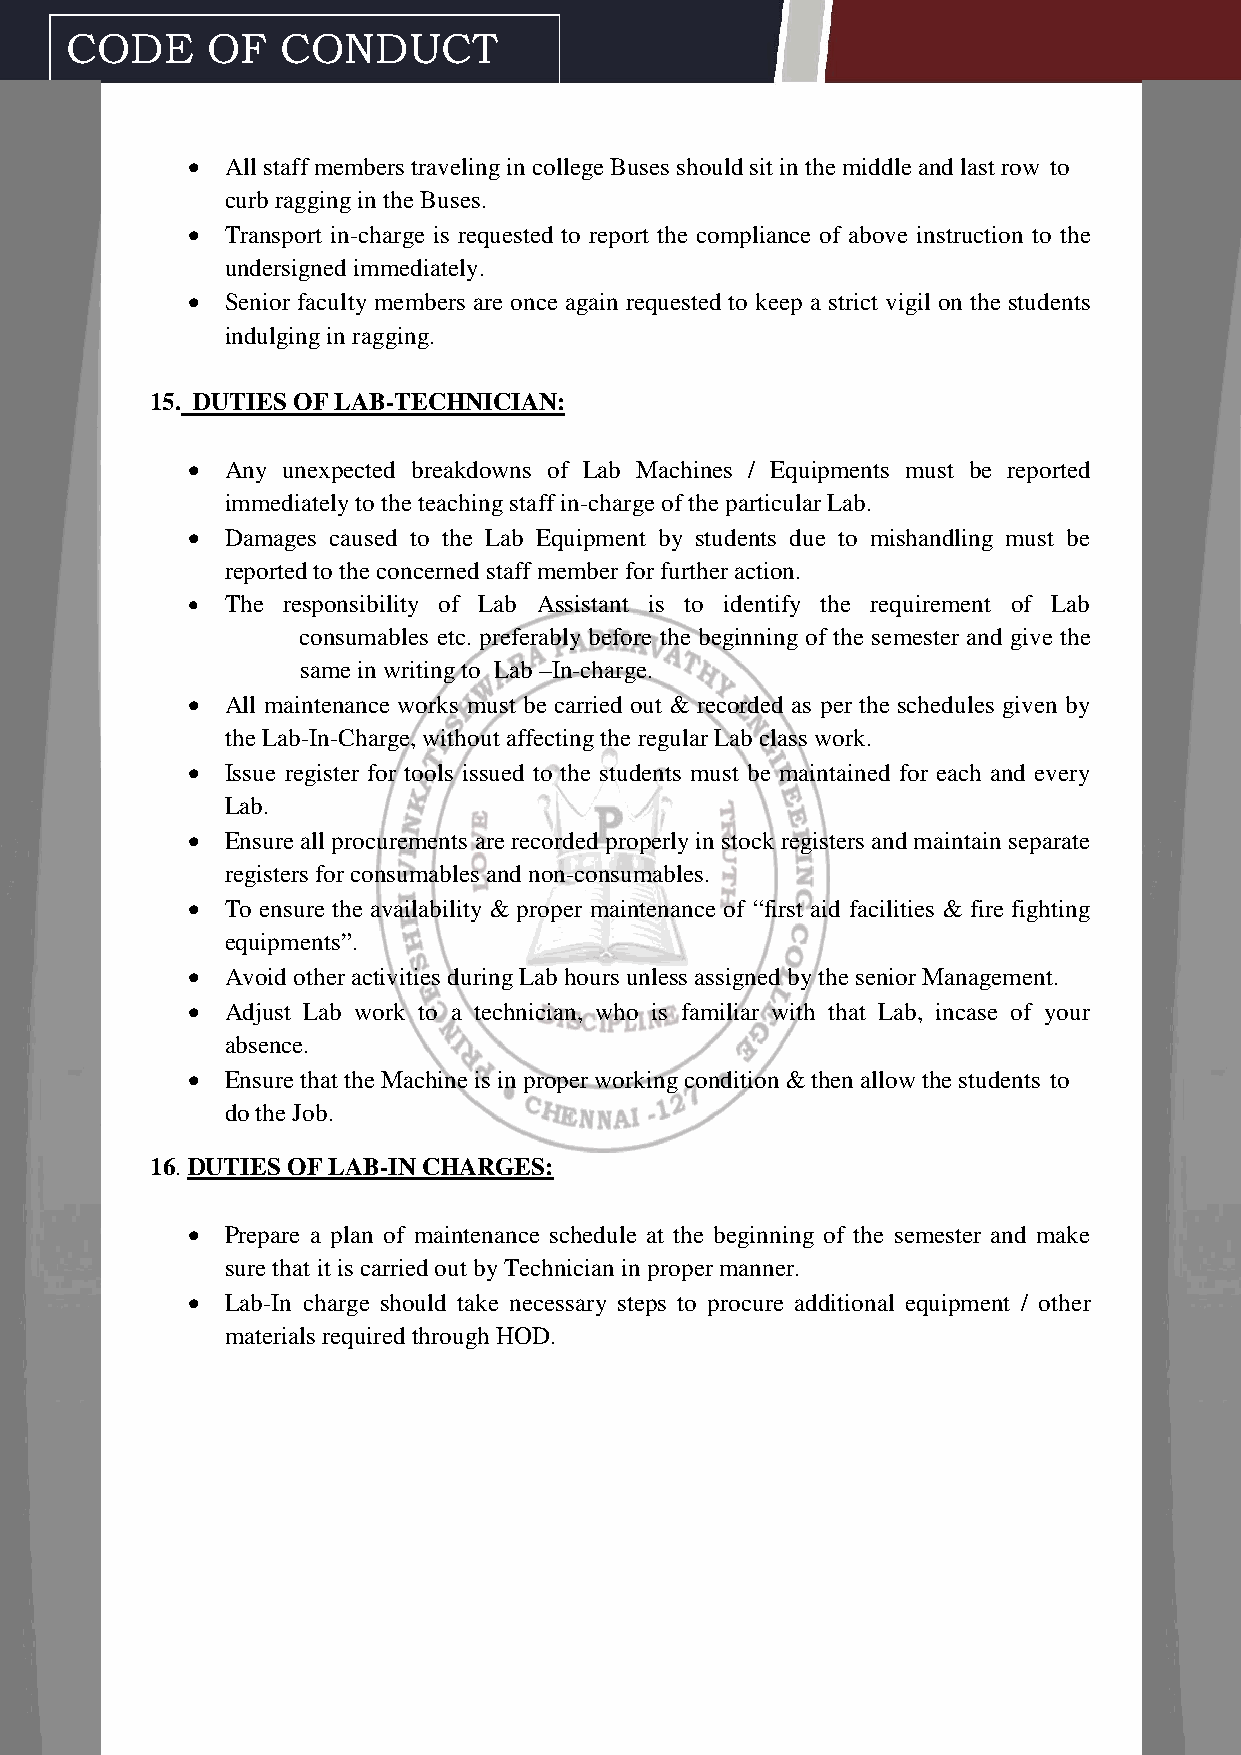
CODE      OF   CONDUCT
   All staff members traveling in college Buses should sit in the middle and last row to
 curb ragging in the Buses.
   Transport in-charge is requested to report the compliance of above instruction to the
 undersigned immediately.
   Senior faculty members are once again requested to keep a strict vigil on the students
 indulging in ragging.
 15. DUTIES OF LAB-TECHNICIAN:
   Any unexpected breakdowns of Lab Machines / Equipments must be reported
 immediately to the teaching staff in-charge of the particular Lab.
   Damages caused to the Lab Equipment by students due to mishandling must be
 reported to the concerned staff member for further action.
   The responsibility of Lab Assistant is to identify the requirement of Lab
 consumables etc. preferably before the beginning of the semester and give the
 same in writing to Lab –In-charge.
   All maintenance works must be carried out & recorded as per the schedules given by
 the Lab-In-Charge, without affecting the regular Lab class work.
   Issue register for tools issued to the students must be maintained for each and every
 Lab.
   Ensure all procurements are recorded properly in stock registers and maintain separate
 registers for consumables and non-consumables.
   To ensure the availability & proper maintenance of “first aid facilities & fire fighting
 equipments”.
   Avoid other activities during Lab hours unless assigned by the senior Management.
   Adjust Lab work to a technician, who is familiar with that Lab, incase of your
 absence.
   Ensure that the Machine is in proper working condition & then allow the students to
 do the Job.
 16. DUTIES OF LAB-IN CHARGES:
   Prepare a plan of maintenance schedule at the beginning of the semester and make
 sure that it is carried out by Technician in proper manner.
   Lab-In charge should take necessary steps to procure additional equipment / other
 materials required through HOD.